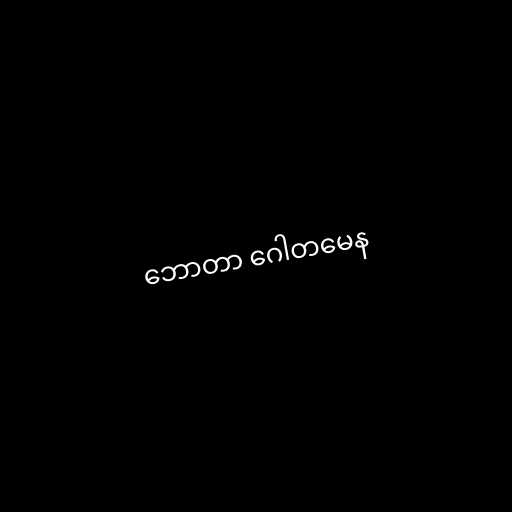
ဘောတာ ဂေါတမေန